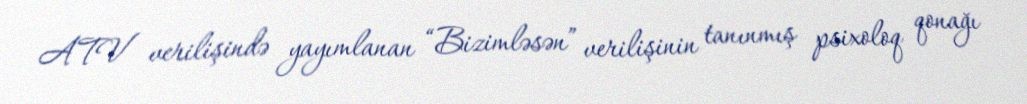
ATV verilişində yayımlanan “Bizimləsən” verilişinin tanınmış psixoloq qonağı